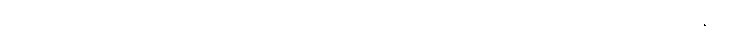
ဝ၈၂+၀၈၃+ မဆည်းကပ်အပ်သော။ ပုဂ္ဂလော၊ ပုဂ္ဂိုလ်သည်။ ကတမောစ၊ အဘယ်နည်း။